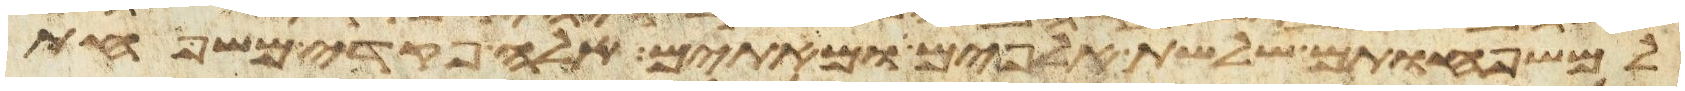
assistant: למשפחותם שלשת אלפים ומאתים אלה פקדי משפחת